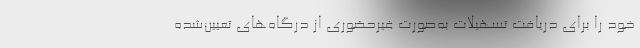
خود را برای دریافت تسهیلات به‌صورت غیرحضوری از درگاه‌ها‌ی تعیین‌شده